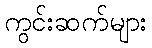
ကွင်းဆက်များ